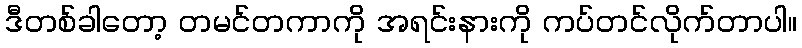
ဒီတစ်ခါတော့ တမင်တကာကို အရင်းနားကို ကပ်တင်လိုက်တာပါ။